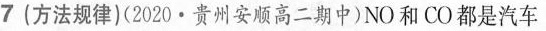
7(方法规律)(2020·贵州安顺高二期中)NO和CO都是汽车